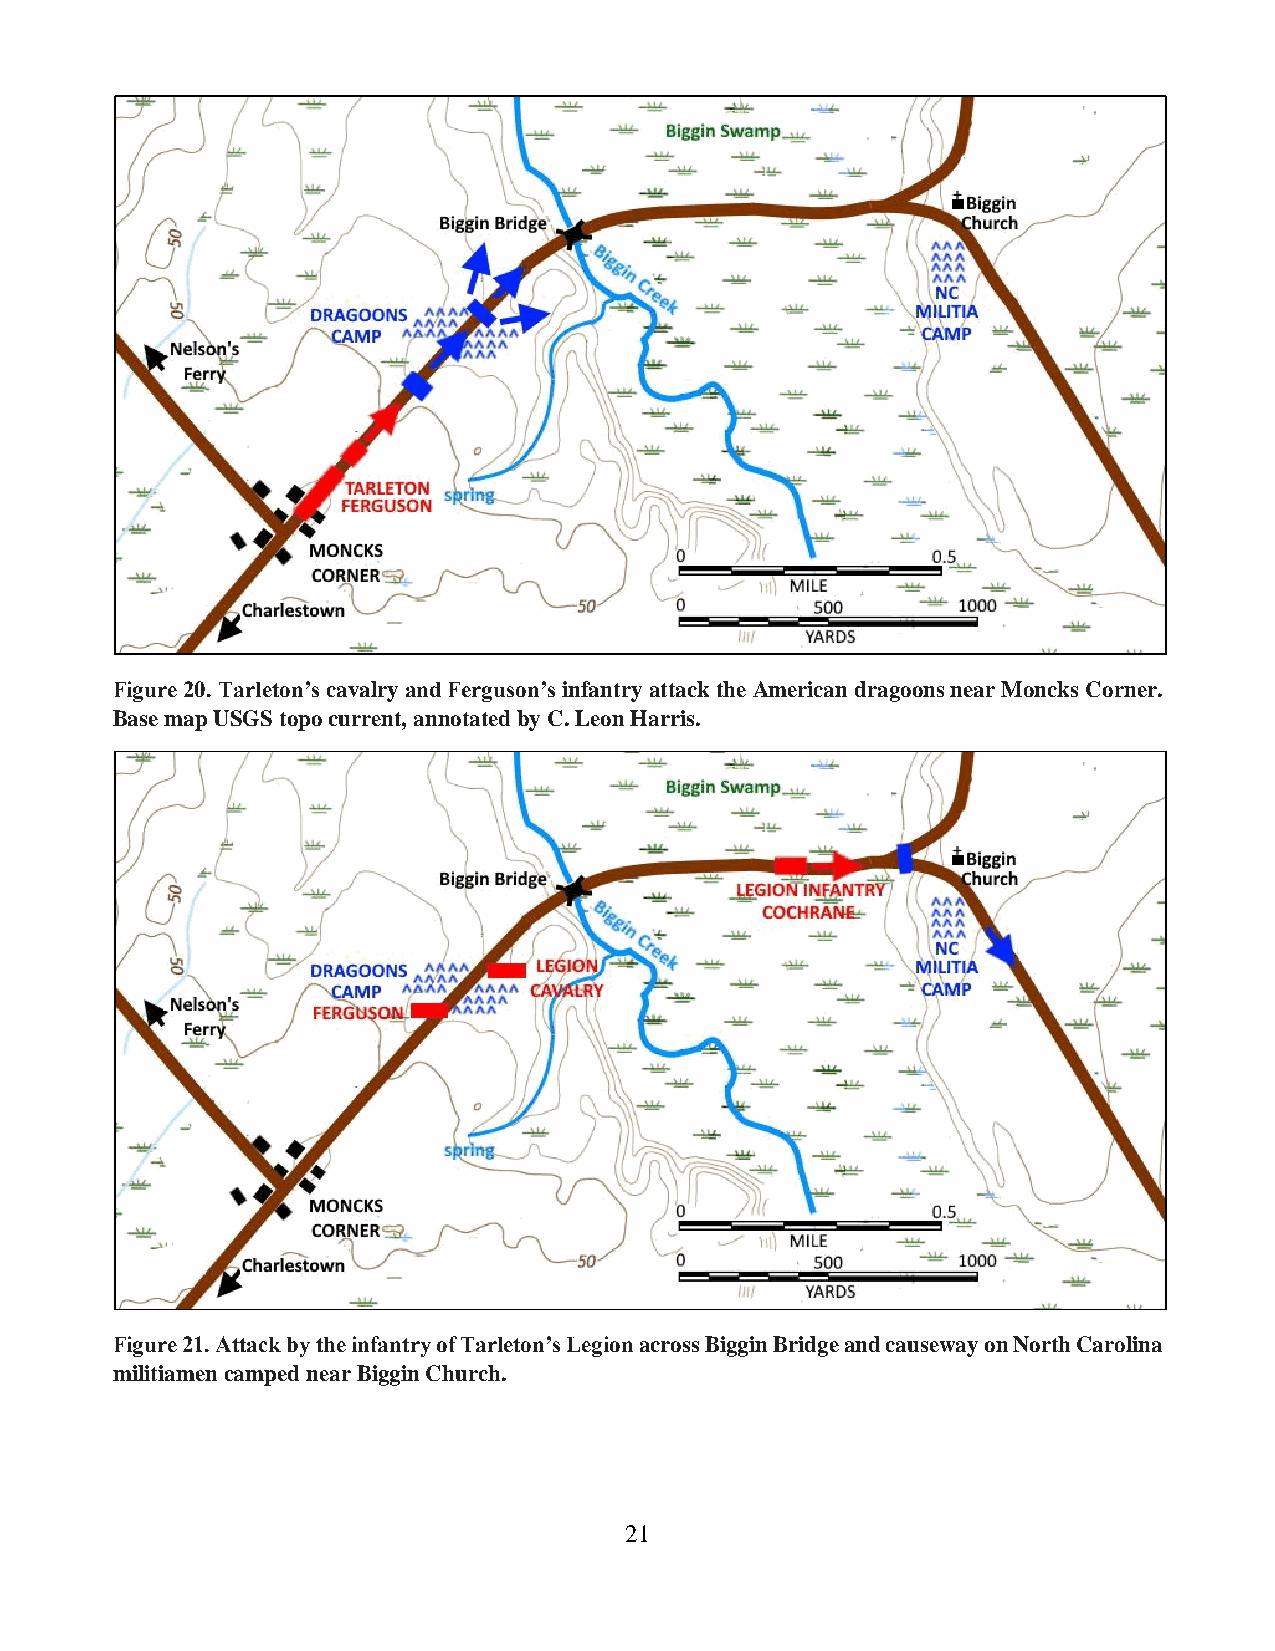
Figure 20. Tarleton’s cavalry and Ferguson’s infantry attack the American dragoons near Moncks Corner.
 Base map USGS topo current, annotated by C. Leon Harris.
 Figure 21. Attack by the infantry of Tarleton’s Legion across Biggin Bridge and causeway on North Carolina
 militiamen camped near Biggin Church.
 21